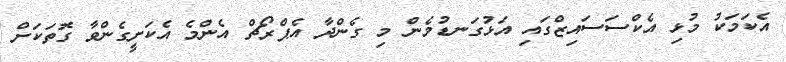
އެކަމަކު މުޅި އެކްސަސައިޒްގައި އަޅުގަނޑުމެން މި ގެންދާ އެޕްރޯޗް އެންމެ އެކަށީގެންވާ ގޮތަކަށް